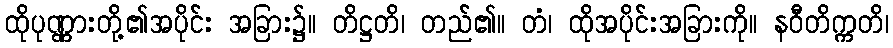
ထိုပုဏ္ဏားတို့၏အပိုင်း အခြား၌။ တိဋ္ဌတိ၊ တည်၏။ တံ၊ ထိုအပိုင်းအခြားကို။ နဝီတိက္ကတိ၊